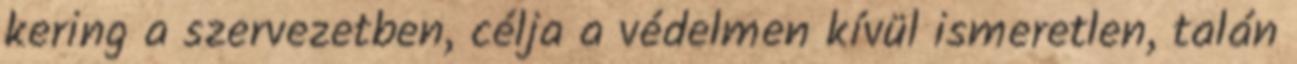
kering a szervezetben, célja a védelmen kívül ismeretlen, talán